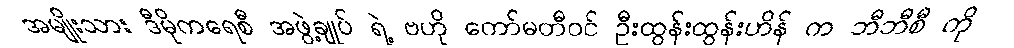
အမျိုးသား ဒီမိုကရေစီ အဖွဲ့ချုပ် ရဲ့ ဗဟို ကော်မတီဝင် ဦးထွန်းထွန်းဟိန် က ဘီဘီစီ ကို